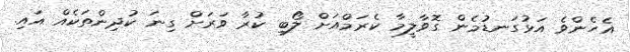
އެހެންވެ އަޅުގަނޑުމެން ގޮވާލީމާ ކެރަމްއަށް ލޯބި ކުރާ ވަރަށް ގިނަ ކުދިންތަކެއް އައި.